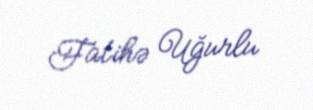
Fatihə Uğurlu